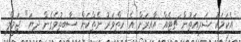
އެކަމަކު ޝަރީއަތުން ޗިޓެއް އާއިރަށް އެ ހިތްވަރު ނެތްކަން ސާބިތުވެގެން ދިޔަ" ޖަމީލް